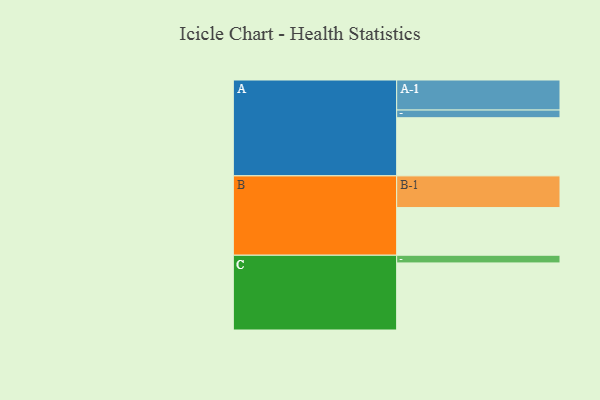
{"axis": {"x": "Segment", "y": "Value"}, "legend": ["", "A", "B", "C"], "data": [{"x": "A", "y": 416, "type": ""}, {"x": "B", "y": 341, "type": ""}, {"x": "C", "y": 480, "type": ""}, {"x": "A-1", "y": 215, "type": "A"}, {"x": "A-2", "y": 55, "type": "A"}, {"x": "B-1", "y": 227, "type": "B"}, {"x": "C-1", "y": 55, "type": "C"}]}